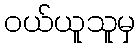
ဝယ်ယူသူမှ